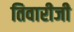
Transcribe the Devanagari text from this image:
तिवारीजी